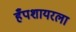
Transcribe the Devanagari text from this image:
हँपशायरला